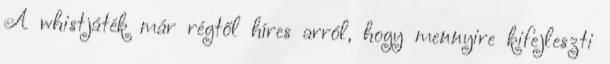
A whistjáték már régtől híres arról, hogy mennyire kifejleszti